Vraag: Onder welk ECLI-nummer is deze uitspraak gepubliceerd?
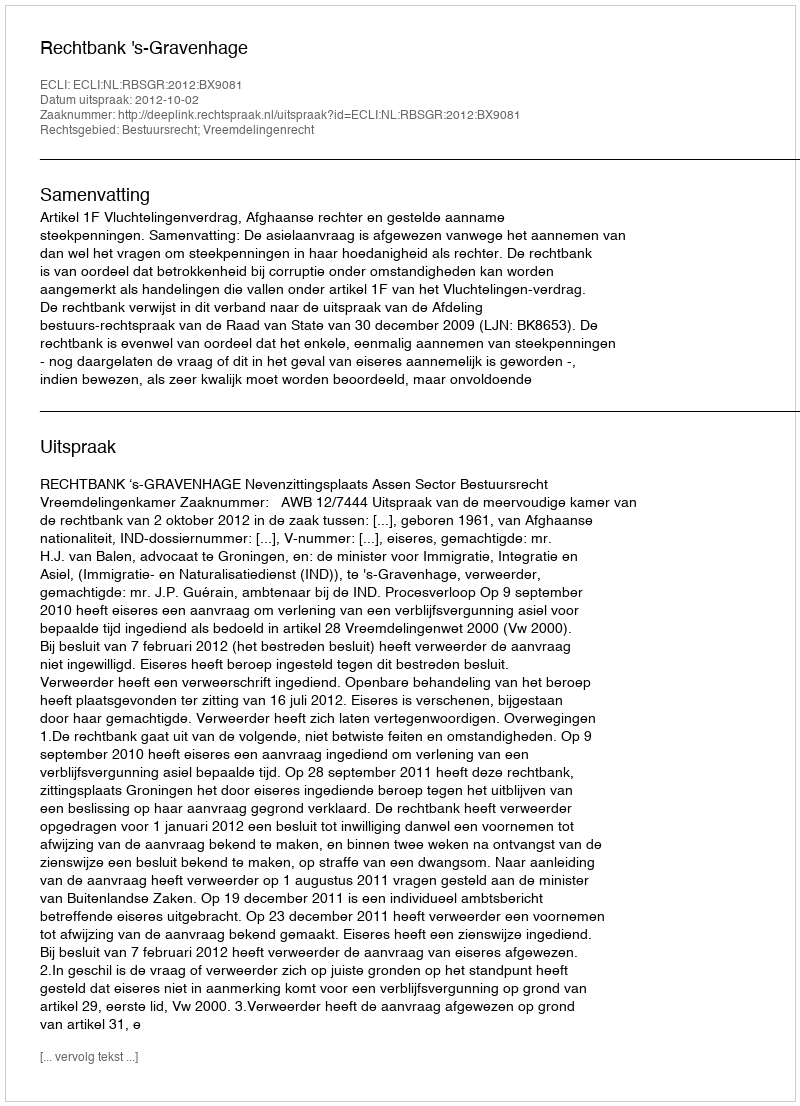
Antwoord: ECLI:NL:RBSGR:2012:BX9081